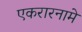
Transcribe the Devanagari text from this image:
एकरारनामे